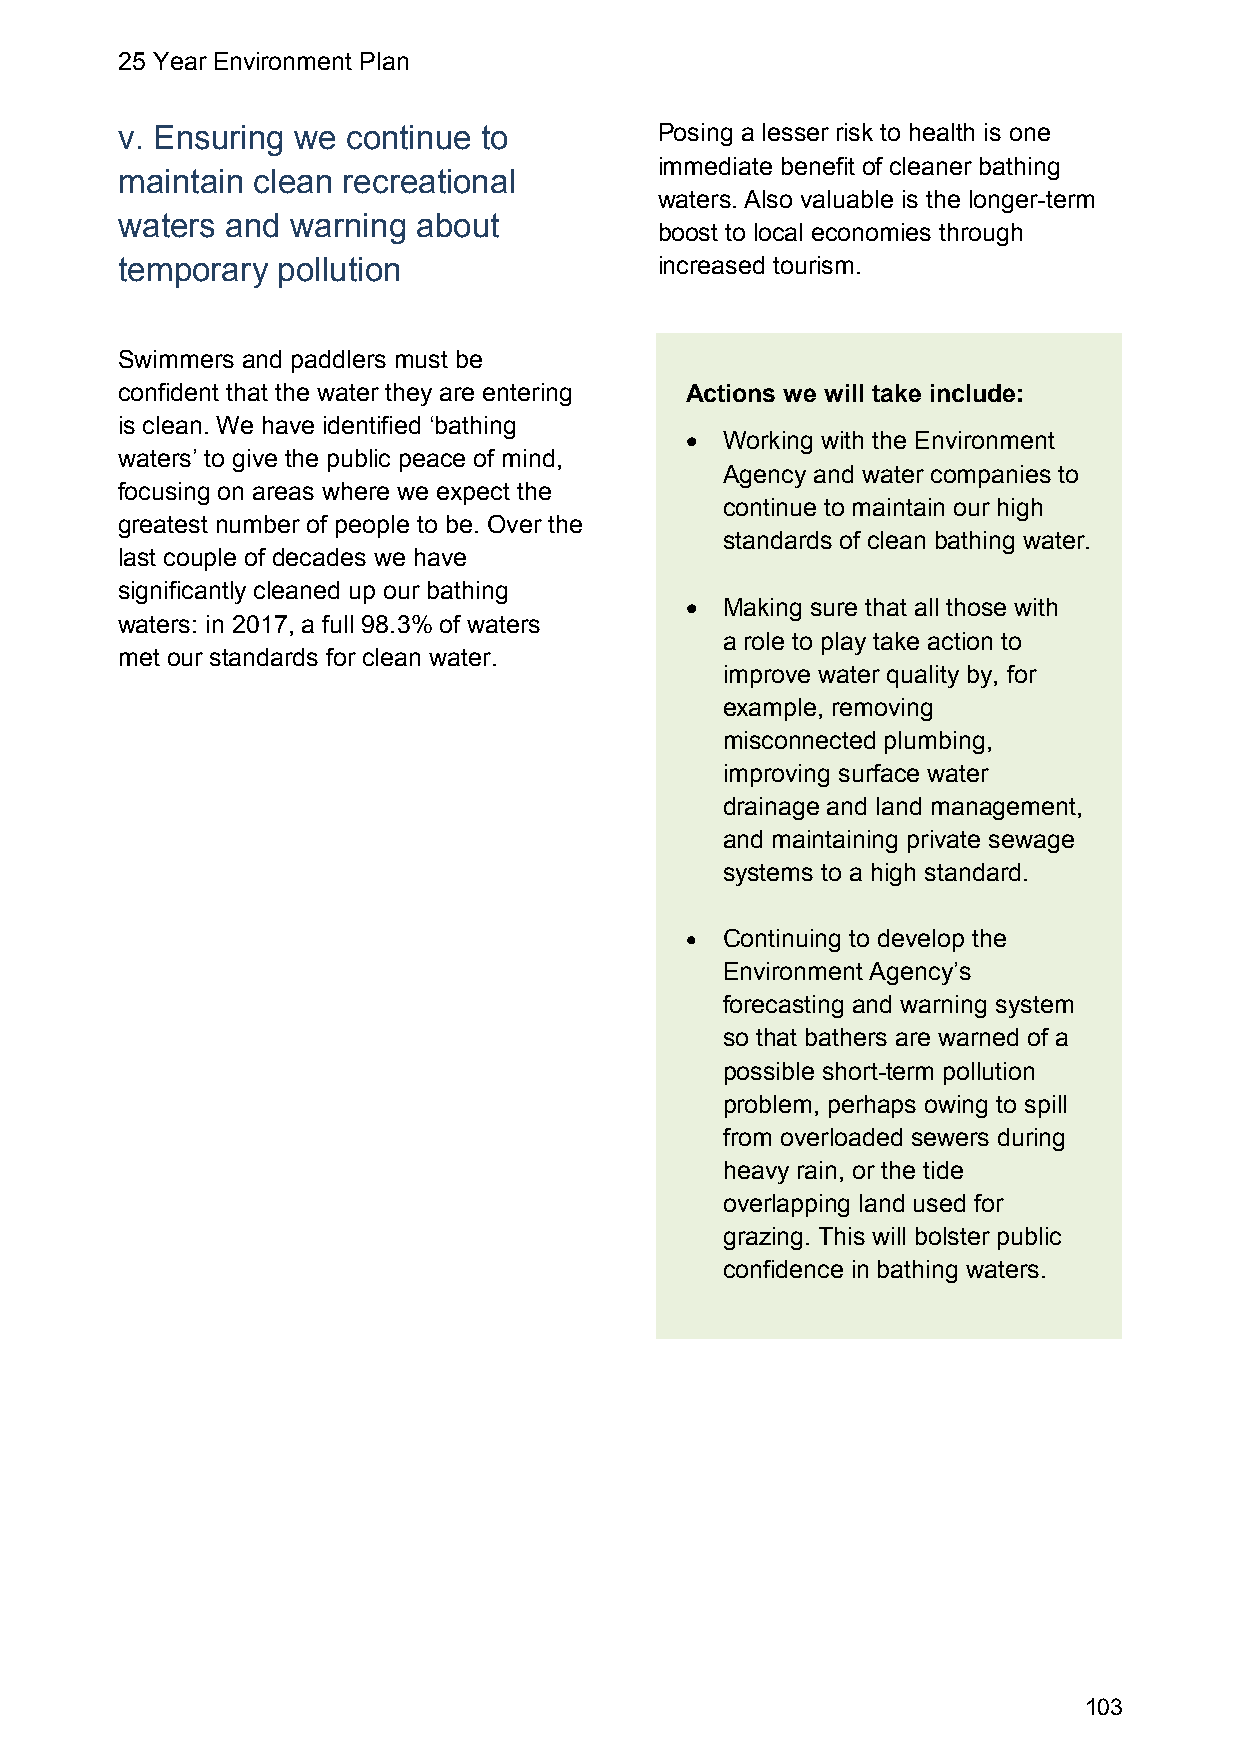
25 Year Environment Plan
 v. Ensuring we continue to          Posing a lesser risk to health is one
 immediate benefit of cleaner bathing
 maintain clean recreational
 waters. Also valuable is the longer-term
 waters and warning  about
 boost to local economies through
 temporary pollution                 increased tourism.
 Swimmers and paddlers must be
 confident that the water they are entering Actions we will take include:
 is clean. We have identified ‘bathing
   Working with the Environment
 waters’ to give the public peace of mind,
 Agency and water companies to
 focusing on areas where we expect the
 continue to maintain our high
 greatest number of people to be. Over the
 standards of clean bathing water.
 last couple of decades we have
 significantly cleaned up our bathing
   Making sure that all those with
 waters: in 2017, a full 98.3% of waters
 a role to play take action to
 met our standards for clean water.
 improve water quality by, for
 example, removing
 misconnected plumbing,
 improving surface water
 drainage and land management,
 and maintaining private sewage
 systems to a high standard.
   Continuing to develop the
 Environment Agency’s
 forecasting and warning system
 so that bathers are warned of a
 possible short-term pollution
 problem, perhaps owing to spill
 from overloaded sewers during
 heavy rain, or the tide
 overlapping land used for
 grazing. This will bolster public
 confidence in bathing waters.
 103